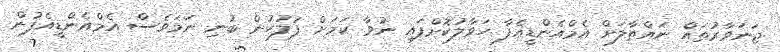
ޖަނަވާރުތައް ނައްތާލަށް އެމްއެންޑީއެފާ ހަވާލުކޮށްފައި ނުވާ ކަމަށް ފުލުހުން ބުނި ނަމަވެސް އެމްއެންޑީއެފުން